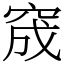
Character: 窚